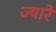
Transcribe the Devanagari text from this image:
ज्यारे